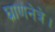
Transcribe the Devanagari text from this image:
घ्राणनेत्रे।